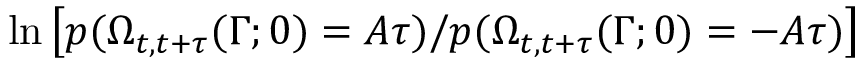
\ln \left[ p ( \Omega _ { t , t + \tau } ( \Gamma ; 0 ) = A \tau ) / p ( \Omega _ { t , t + \tau } ( \Gamma ; 0 ) = - A \tau ) \right]